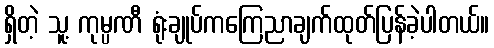
ရှိတဲ့ သူ့ ကုမ္ပဏီ ရုံးချုပ်ကကြေညာချက်ထုတ်ပြန်ခဲ့ပါတယ်။